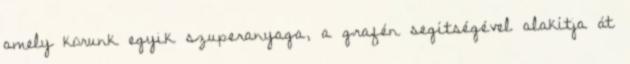
amely korunk egyik szuperanyaga, a grafén segítségével alakítja át